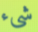
شيء